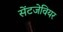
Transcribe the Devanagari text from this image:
सेंटजेवियर